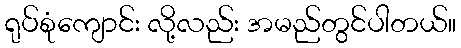
ရုပ်စုံကျောင်း လို့လည်း အမည်တွင်ပါတယ်။